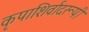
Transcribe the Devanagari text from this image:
कृपाशिर्वादरूपी